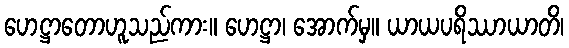
ဟေဋ္ဌာတောဟူသည်ကား။ ဟေဋ္ဌာ၊ အောက်မှ။ ယာယပရိဿာယာတိ၊